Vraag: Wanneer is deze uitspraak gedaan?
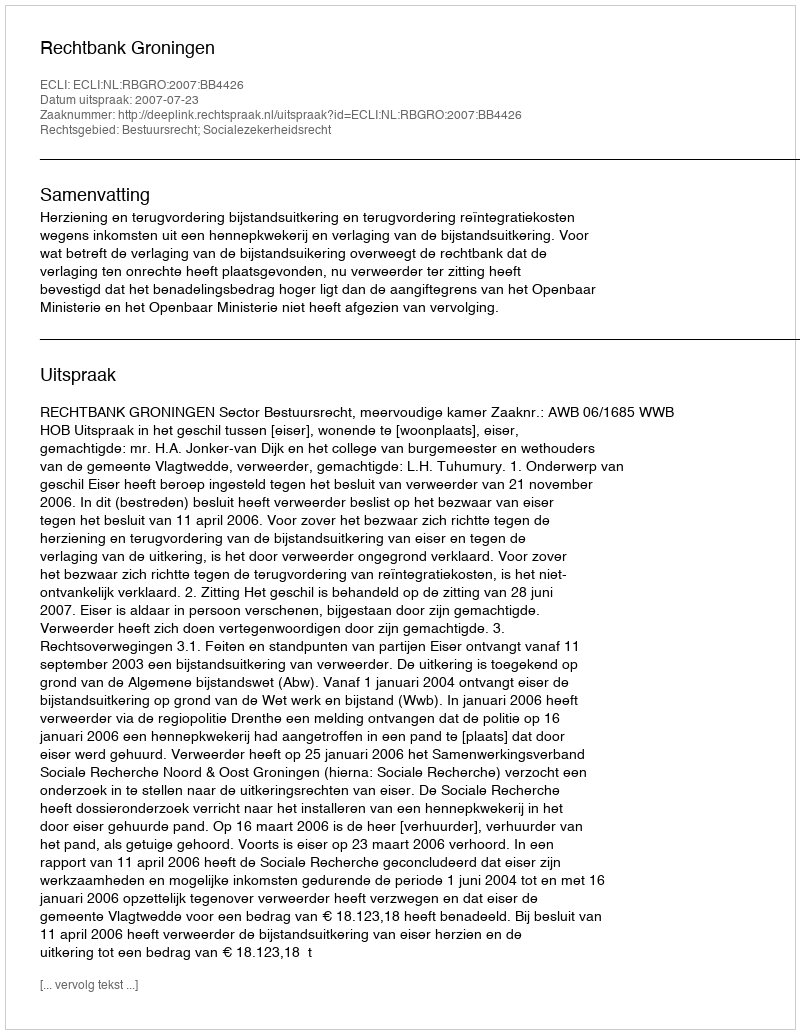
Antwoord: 2007-07-23